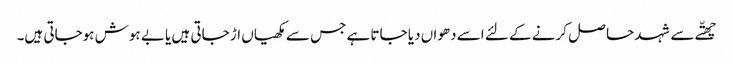
چھتّے سے شہد حا صل کرنے کے لئے اسے دھواں دیا جاتا ہے جس سے مکھیاں اڑ جاتی ہیں یا بے ہوش ہوجاتی ہیں۔